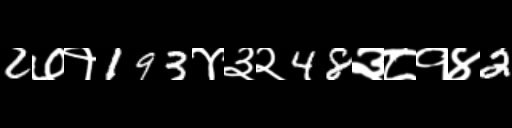
Text: 2७१193४३२48३८१४2